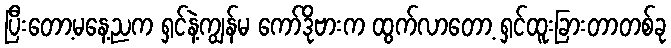
ပြီးတော့မနေ့ညက ရှင်နဲ့ကျွန်မ ကော်ဒိုဗားက ထွက်လာတော့ ရှင်ထူးခြားတာတစ်ခု